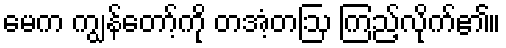
မေက ကျွန်တော့်ကို တအံ့တဩ ကြည့်လိုက်၏။